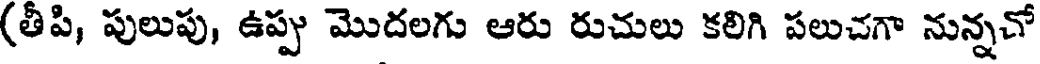
(తీపి, పులుపు, ఉప్పు మొదలగు ఆరు రుచులు కలిగి పలుచగా నున్నచో